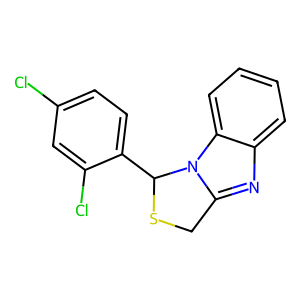
SMILES: Clc1ccc(C2SCc3nc4ccccc4n32)c(Cl)c1
Inhibits HIV replication: No